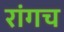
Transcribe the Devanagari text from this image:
रांगच